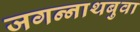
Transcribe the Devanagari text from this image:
जगन्‍नाथबुवा